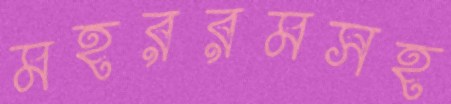
মহররমসহ